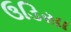
ઉડિસા